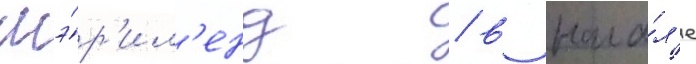
мэ́р'ил'енд / в нача́л'е